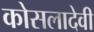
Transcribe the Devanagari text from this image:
कोसलादेवी